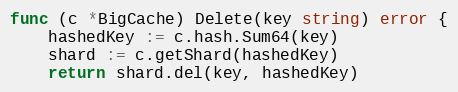
Language: Go
func (c *BigCache) Delete(key string) error {
	hashedKey := c.hash.Sum64(key)
	shard := c.getShard(hashedKey)
	return shard.del(key, hashedKey)